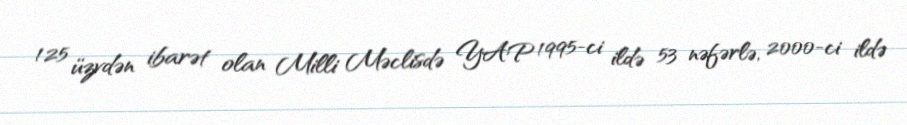
125 üzvdən ibarət olan Milli Məclisdə YAP 1995-ci ildə 53 nəfərlə, 2000-ci ildə